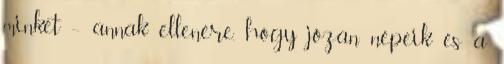
minket -- annak ellenére, hogy józan népeik és a